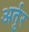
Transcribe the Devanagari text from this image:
अर्तुर